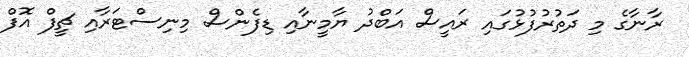
ރާނާގެ މި ދަތުރުފުޅުގައި ރައީސް އަބްދު ޔާމީނާއި ޑިފެންސް މިނިސްޓަރާއި ޗީފް އޮފް